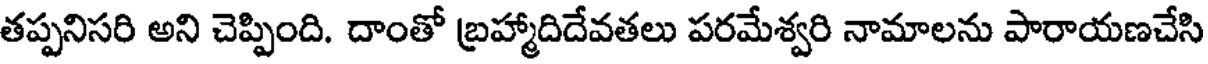
తప్పనిసరి అని చెప్పింది. దాంతో బ్రహ్మాదిదేవతలు పరమేశ్వరి నామాలను పారాయణచేసి